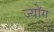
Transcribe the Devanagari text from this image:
ज्योंग